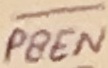
Text: PSEN